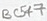
Text: BC547